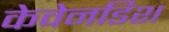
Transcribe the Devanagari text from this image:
केवेनडिश